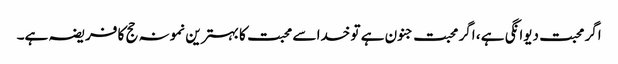
اگر محبت دیوانگی ہے ، اگر محبت جنون ہے تو خدا سے محبت کا بہترین نمونہ حج کا فریضہ ہے۔